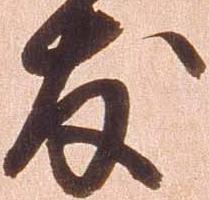
友